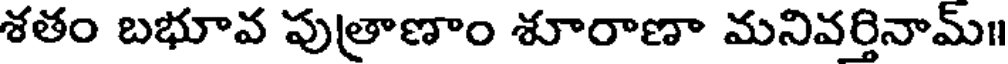
శతం బభూవ పుత్రాణాం శూరాణా మనివర్తినామ్॥